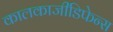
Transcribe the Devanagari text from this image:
कालकाजीडिफेन्स